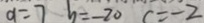
a = 7 b = - 2 0 c = - 2